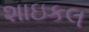
શાઇકલ